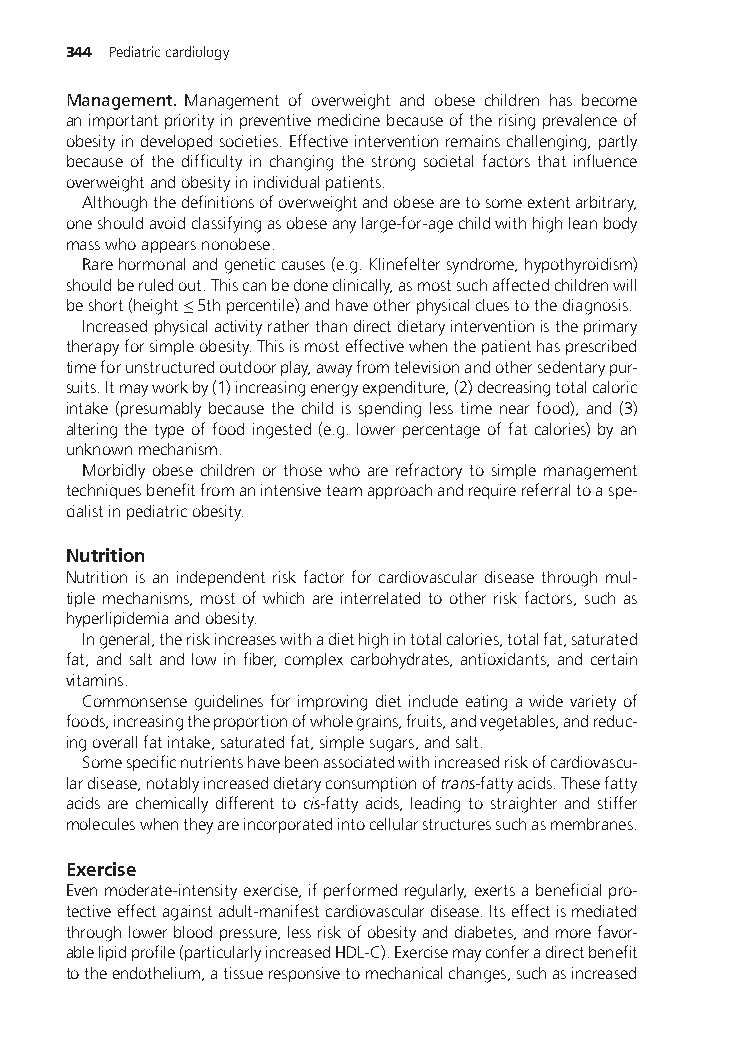
344 Pediatriccardiology
 Management. Management of overweight and obese children has become
 animportantpriorityinpreventivemedicinebecauseoftherisingprevalenceof
 obesityindevelopedsocieties.Effectiveinterventionremainschallenging,partly
 because of the difficulty in changing the strong societal factors that influence
 overweightandobesityinindividualpatients.
 Althoughthedefinitionsofoverweightandobesearetosomeextentarbitrary,
 oneshouldavoidclassifyingasobeseanylarge-for-agechildwithhighleanbody
 masswhoappearsnonobese.
 Rarehormonalandgeneticcauses(e.g.Klinefeltersyndrome,hypothyroidism)
 shouldberuledout.Thiscanbedoneclinically,asmostsuchaffectedchildrenwill
 beshort(height≤5thpercentile)andhaveotherphysicalcluestothediagnosis.
 Increasedphysicalactivityratherthandirectdietaryinterventionistheprimary
 therapyforsimpleobesity.Thisismosteffectivewhenthepatienthasprescribed
 timeforunstructuredoutdoorplay,awayfromtelevisionandothersedentarypur-
 suits.Itmayworkby(1)increasingenergyexpenditure,(2)decreasingtotalcaloric
 intake (presumably because the child is spending less time near food), and (3)
 alteringthetypeoffood ingested(e.g. lowerpercentageoffatcalories)byan
 unknownmechanism.
 Morbidly obese children or those who are refractory to simple management
 techniquesbenefitfromanintensiveteamapproachandrequirereferraltoaspe-
 cialistinpediatricobesity.
 Nutrition
 Nutrition is an independent risk factor for cardiovascular disease through mul-
 tiple mechanisms, most of which are interrelated to other risk factors, such as
 hyperlipidemiaandobesity.
 Ingeneral,theriskincreaseswithadiethighintotalcalories,totalfat,saturated
 fat,andsaltandlowinfiber,complexcarbohydrates,antioxidants,andcertain
 vitamins.
 Commonsense guidelines for improving dietinclude eating a wide varietyof
 foods,increasingtheproportionofwholegrains,fruits,andvegetables,andreduc-
 ingoverallfatintake,saturatedfat,simplesugars,andsalt.
 Somespecificnutrientshavebeenassociatedwithincreasedriskofcardiovascu-
 lardisease,notablyincreaseddietaryconsumptionoftrans-fattyacids.Thesefatty
 acids are chemically different to cis-fatty acids, leading to straighter and stiffer
 moleculeswhentheyareincorporatedintocellularstructuressuchasmembranes.
 Exercise
 Evenmoderate-intensityexercise,ifperformedregularly,exertsabeneficialpro-
 tectiveeffectagainstadult-manifestcardiovasculardisease.Itseffectismediated
 throughlowerbloodpressure,lessriskofobesityanddiabetes,andmorefavor-
 ablelipidprofile(particularlyincreasedHDL-C).Exercisemayconferadirectbenefit
 totheendothelium,atissueresponsivetomechanicalchanges,suchasincreased